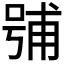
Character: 𭈶